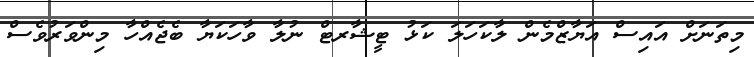
މިތަނަށް އައިސް އަޔާޒްމެން ލާކަހަލަ ކަޅު ޓީޝާރޓް ނުލާ ވާހަކަޔާ ބެޖެއްހާ މިންވަރުވެސް